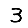
Digit: 3